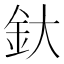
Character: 釱